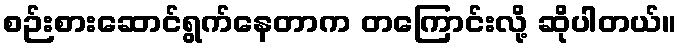
စဉ်းစားဆောင်ရွက်နေတာက တကြောင်းလို့ ဆိုပါတယ်။